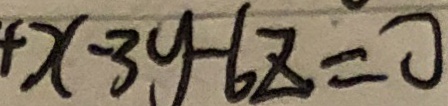
+ x - 3 y - 6 z = 0